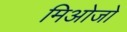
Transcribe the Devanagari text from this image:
मिओजो